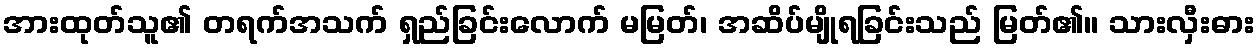
အားထုတ်သူ၏ တရက်အသက် ရှည်ခြင်းလောက် မမြတ်၊ အဆိပ်မျိုရခြင်းသည် မြတ်၏။ သားလှီးဓား